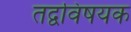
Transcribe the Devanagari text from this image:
तद्वविषयक